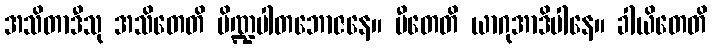
အသိတာဒီသု အသိတေတိ ပိဏ္ဍပါတဘောဇနေ။ ပီတေတိ ယာဂုအာဒိပါနေ။ ခါယိတေတိ